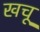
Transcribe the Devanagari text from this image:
खचू